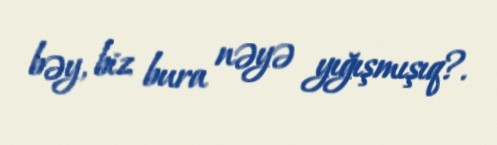
bəy, biz bura nəyə yığışmışıq?.